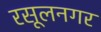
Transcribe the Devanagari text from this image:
रसूलनगर